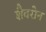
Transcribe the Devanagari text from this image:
शैवरोन